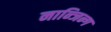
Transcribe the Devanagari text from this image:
नान्जिन्ग